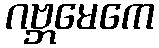
ဂဗ္ဘမေကေ